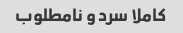
کاملا سرد و نامطلوب